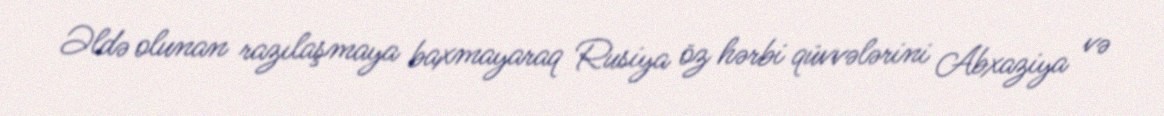
Əldə olunan razılaşmaya baxmayaraq Rusiya öz hərbi qüvvələrini Abxaziya və